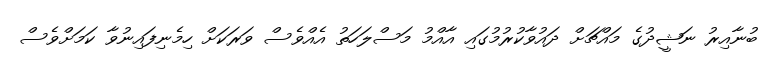
ބުނާއިރު ނަޝީދުގެ މައްޗަށް ދައުވާކުރުމުގައި އާއްމު މަސްލަހަތު އެއްވެސް ވަރަކަށް ހިމެނިފައިނުވާ ކަމަށްވެސް